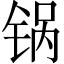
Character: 锅